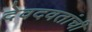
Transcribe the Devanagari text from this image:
देवदवतांची